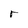
Character: r